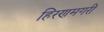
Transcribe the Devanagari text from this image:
हिरणमगरी